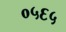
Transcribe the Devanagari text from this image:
०५६५